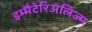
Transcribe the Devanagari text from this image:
इम्मैटेरिअलिज्म